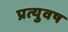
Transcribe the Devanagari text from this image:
प्रत्युवष